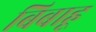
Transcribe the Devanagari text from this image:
बिबाहू